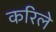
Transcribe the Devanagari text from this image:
करिले